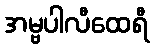
အမ္ဗပါလီထေရီ